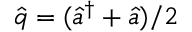
\hat { q } = ( \hat { a } ^ { \dag } + \hat { a } ) / 2